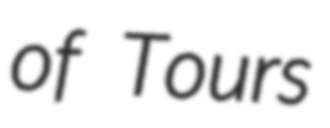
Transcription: of Tours